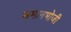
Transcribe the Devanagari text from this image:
समानभोजी